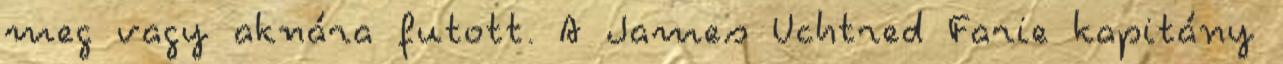
meg vagy aknára futott. A James Uchtred Farie kapitány